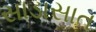
સાડાસાત